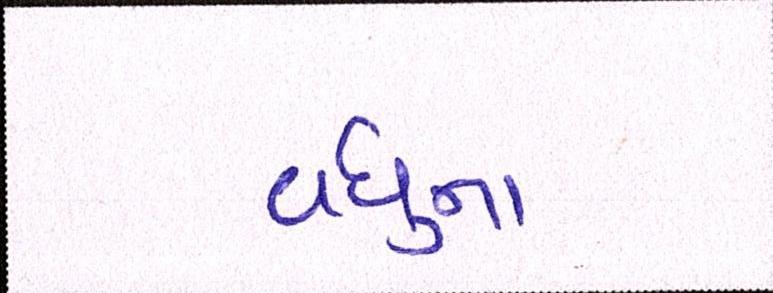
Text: વધુના